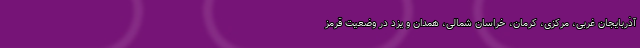
آذربایجان غربی، مرکزی، کرمان، خراسان شمالی، همدان و یزد در وضعیت قرمز